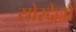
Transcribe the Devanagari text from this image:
सोरदेल्लो